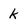
Character: k